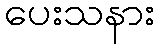
ပေးသနား